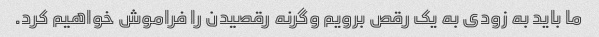
ما باید به زودی به یک رقص برویم وگرنه رقصیدن را فراموش خواهیم کرد.